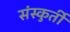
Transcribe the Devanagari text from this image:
संस्कुर्ती